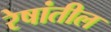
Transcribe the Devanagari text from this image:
रेषांतील